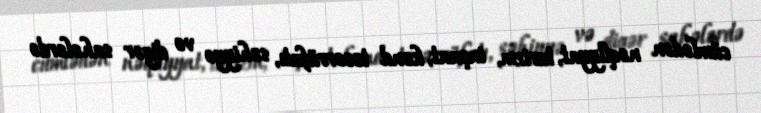
cümlədən nəqliyyat, turizm, inşaat, kənd təsərrüfatı, səhiyyə və digər sahələrdə